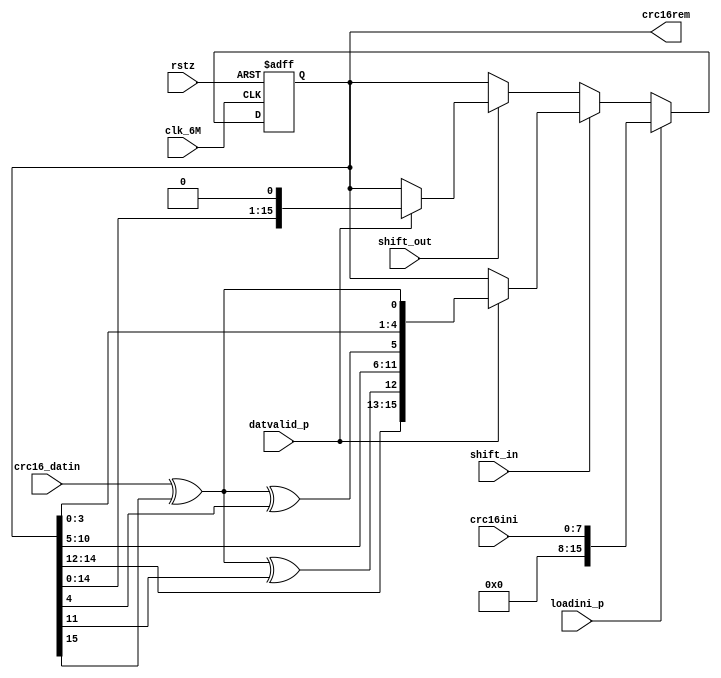
module crc16 (
clk_6M, rstz,
crc16_datin, datvalid_p,
loadini_p, shift_in, shift_out,
crc16ini,
//
crc16rem

);

input clk_6M, rstz;
input crc16_datin, datvalid_p;
input loadini_p, shift_in, shift_out;
input [7:0] crc16ini;
//
output [15:0] crc16rem;

wire crc16out;
reg [15:0] crc16rem;
always @(posedge clk_6M or negedge rstz)
begin
  if (!rstz)
     crc16rem <= 0;
  else if (loadini_p)
     crc16rem <= {8'b0,crc16ini[7:0]};
  else if (shift_in)          //shift in
    begin   
      if (datvalid_p)
        crc16rem <= {crc16rem[14:12], crc16out^crc16rem[11], crc16rem[10:5], crc16out^crc16rem[4], crc16rem[3:0], crc16out};
    end                
  else if (shift_out)   //shift out
    begin
      if (datvalid_p)
         crc16rem <= {crc16rem[14:0], 1'b0};
    end                
end

assign crc16out = crc16_datin ^ crc16rem[15] ;

endmodule